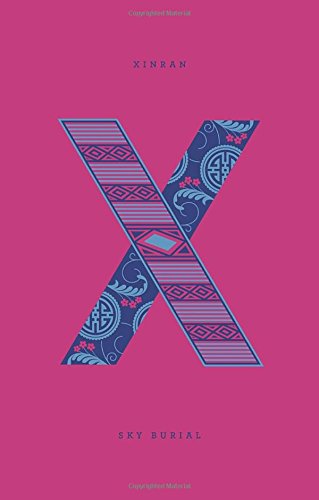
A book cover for Sky Burial (Penguin Drop Caps); Xinran Xinran; Travel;